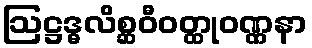
ဩဋ္ဌဒ္ဓလိစ္ဆဝီဝတ္ထုဝဏ္ဏနာ